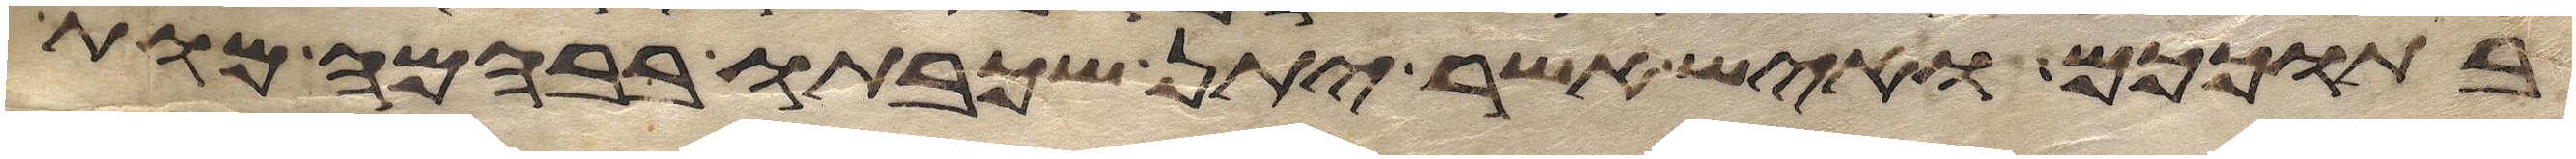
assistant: בתוככם ואיש אשר יתן שכבתו בבהמה מות